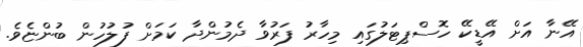
އޭނާ އަށް އޭޑީކޭ ހޮސްޕިޓަލުގައި މިހާރު ފަރުވާ ދެމުންދާ ކަމަށް ފުލުހުން ބުންޏެވެ.